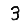
Digit: 3